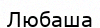
Любаша